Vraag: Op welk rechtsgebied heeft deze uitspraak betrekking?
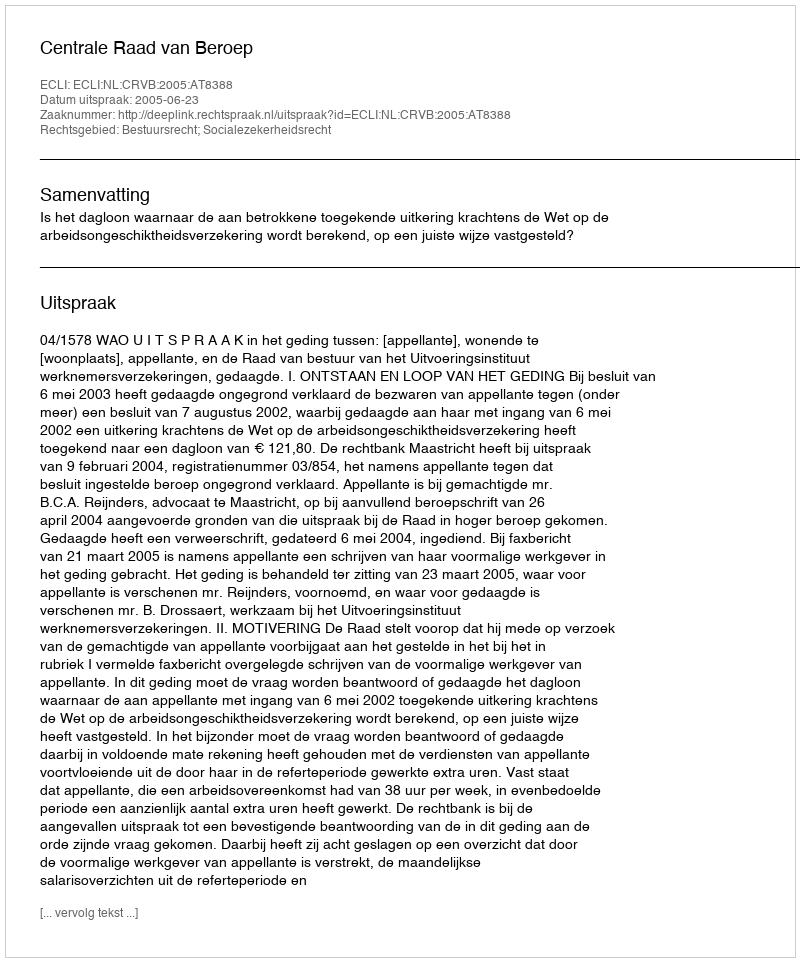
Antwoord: Bestuursrecht; Socialezekerheidsrecht